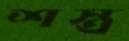
শস্ত্র